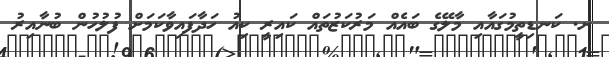
ށ. ކަނޑިތީމުގައާއި މާލޭގެ ބައެއް މަރުކަޒުތައް ކައިރީ ކިއު ހަދާފައިވާކަމަށް ފުލުހުން ބުނާއިރު